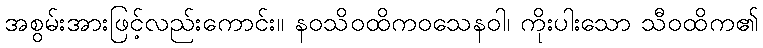
အစွမ်းအားဖြင့်လည်းကောင်း။ နဝသိဝထိကဝသေနဝါ၊ ကိုးပါးသော သီဝထိက၏